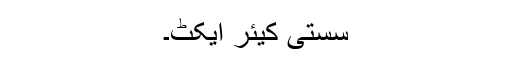
سستی کیئر ایکٹ۔